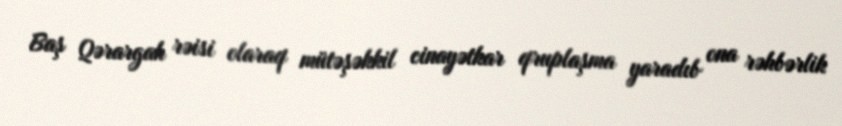
Baş Qərargah rəisi olaraq mütəşəkkil cinayətkar qruplaşma yaradıb ona rəhbərlik